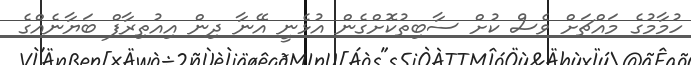
ހުމާމުގެ މައްޗަށް ވެސް ކުށް ސާބިތުކޮށްގެން އުޅެނީ އޭނާ ދިން އިއުތިރާފް ބަޔާނެއްގެ